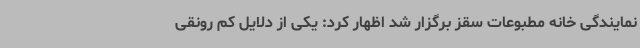
نمایندگی خانه مطبوعات سقز برگزار شد اظهار کرد: یکی از دلایل کم رونقی